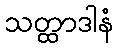
သတ္ထာဒါနံ